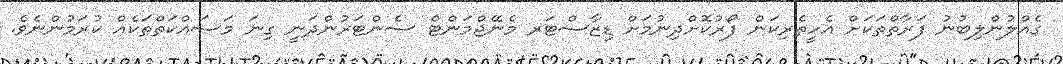
ގެއްލުންލިބުނު ފަރާތްތަކަށް އެހީތެރިކަން ފޯރުކޮށްދިނުމަށް ޑިޒާސްޓަރ މެނޭޖްމަންޓް ސެންޓަރުންދަނީ ގިނަ މަސައްކަތްތަކެއް ކުރަމުންނެވެ.